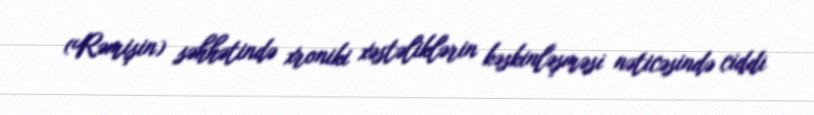
(Rəmişin) səhhətində xroniki xəstəliklərin kəskinləşməsi nəticəsində ciddi